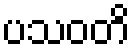
ပသဝတိ